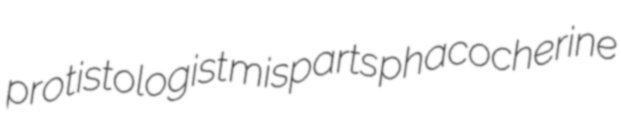
protistologist misparts phacocherine